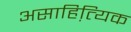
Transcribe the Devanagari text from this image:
असाहित्यि़क